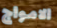
الامواج